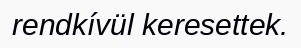
rendkívül keresettek.